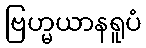
ဗြဟ္မယာနရူပံ